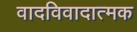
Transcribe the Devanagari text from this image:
वादविवादात्मक